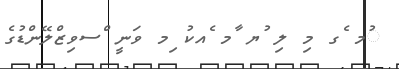
ުމ ެގ މި ލި ުޔ ާމ ެއކު ިމ ވަނީ ްސވިޒްލޭންޑުގެ